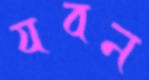
যবন